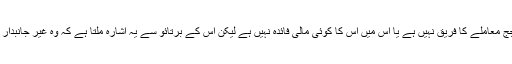
دوسرا ارادہ یہ ہے کہ اگر سنوائی کر رہا جج معاملے کا فریق نہیں ہے یا اس میں اس کا کوئی مالی فائدہ نہیں ہے لیکن اس کے برتائو سے یہ اشارہ ملتا ہے کہ وہ غیر جانبدار نہیں ہے یعنی وہ کسی فریق کا دوست ہے۔